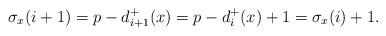
LaTeX: \begin{align*}\sigma_{x}(i+1)=p-d_{i+1}^{+}(x)=p-d_{i}^{+}(x)+1=\sigma_{x}(i)+1. \end{align*}